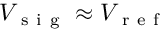
V _ { \mathrm { ~ s ~ i ~ g ~ } } \approx V _ { \mathrm { ~ r ~ e ~ f ~ } }